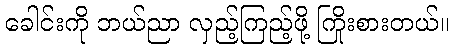
ခေါင်းကို ဘယ်ညာ လှည့်ကြည့်ဖို့ ကြိုးစားတယ်။